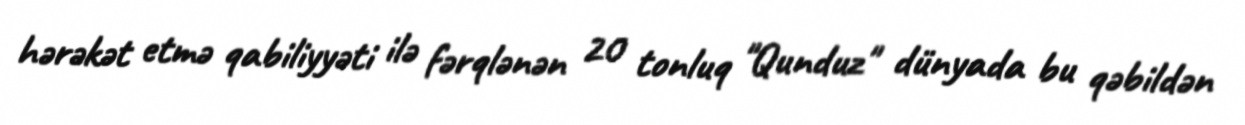
hərəkət etmə qabiliyyəti ilə fərqlənən 20 tonluq "Qunduz" dünyada bu qəbildən